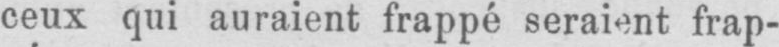
ceux qui auraient frappé seraient frap-